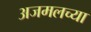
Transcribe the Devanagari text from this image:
अजमलच्या